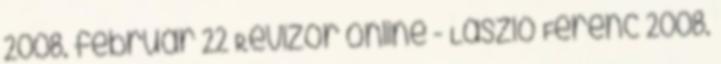
2008. február 22 Revizor online - László Ferenc 2008.